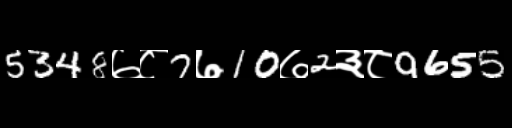
Text: 5348७८7७10७2३८9655